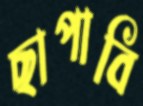
ছাপাবি